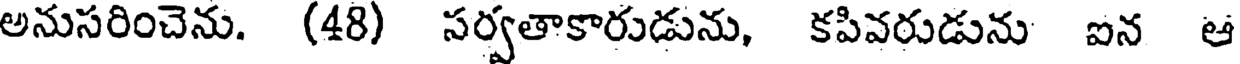
అనుసరించెను. (48) సర్వతాకారుడును, కపివరుడును ఐన ఆ